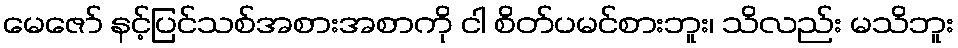
မေဇော် နင့်ပြင်သစ်အစားအစာကို ငါ စိတ်ပမင်စားဘူး၊ သိလည်း မသိဘူး